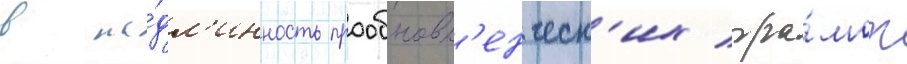
в по́дл'инность прообновл'енческ'их гра́мот